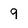
Character: 9